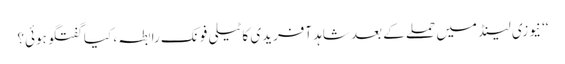
‘‘ نیوزی لینڈ میں حملے کے بعد شاہد آفریدی کا ٹیلی فونک رابطہ ، کیا گفتگو ہوئی؟